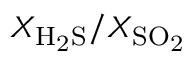
X _ { \mathrm { H _ { 2 } S } } / X _ { \mathrm { S O _ { 2 } } }